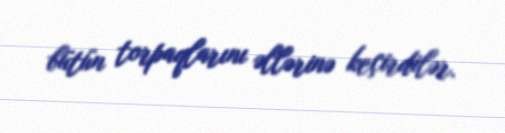
bütün torpaqlarını əllərinə keçirdilər.